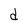
Character: d